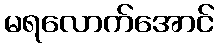
မရလောက်အောင်